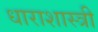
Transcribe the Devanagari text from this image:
धाराशास्त्री